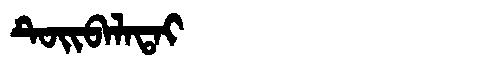
Manchu: ᡨᡠᡳᠪᠠᠯᠠᡨᠠᡳ
Romanization: TUIBALATAI